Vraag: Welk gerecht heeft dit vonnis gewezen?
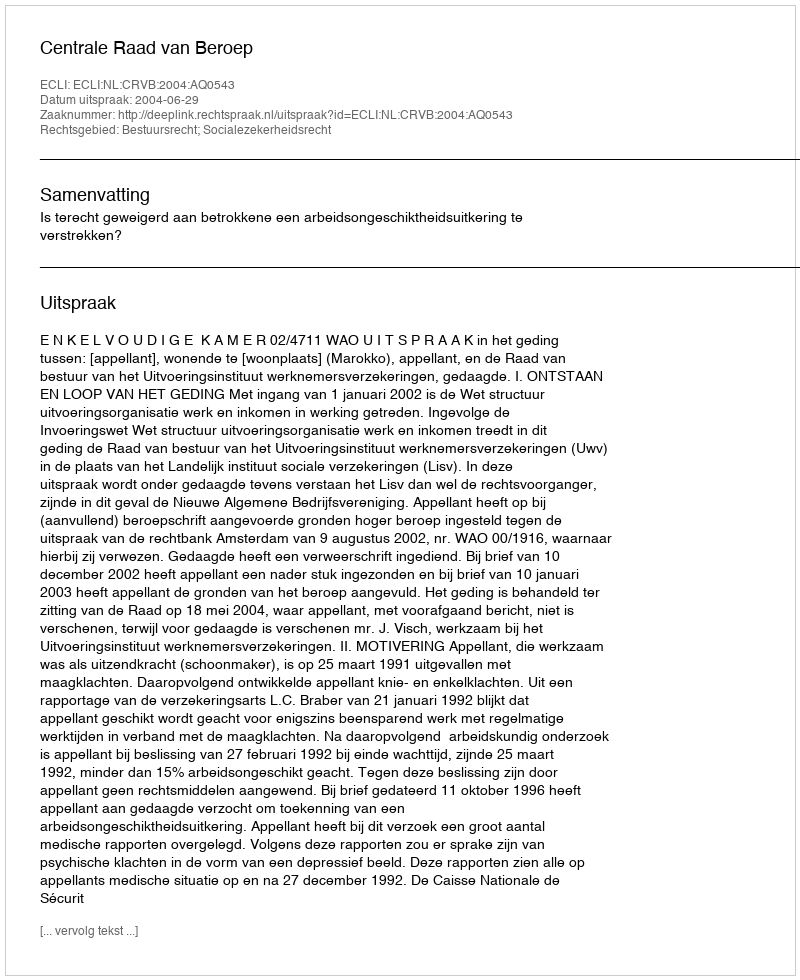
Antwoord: Centrale Raad van Beroep